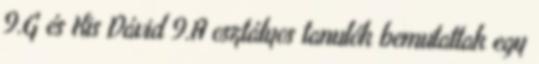
9.G és Kis Dávid 9.A osztályos tanulók bemutattak egy